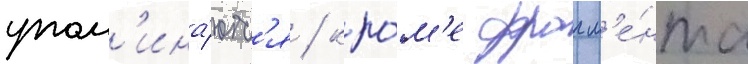
упом'ина́ютс'я / кро́м'е фрагм'е́нта